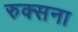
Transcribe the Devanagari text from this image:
रुक्सना